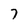
Character: 7